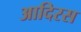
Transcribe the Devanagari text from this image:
आदिरस